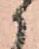
候